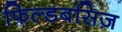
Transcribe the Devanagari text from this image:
फिल्डबसिज़